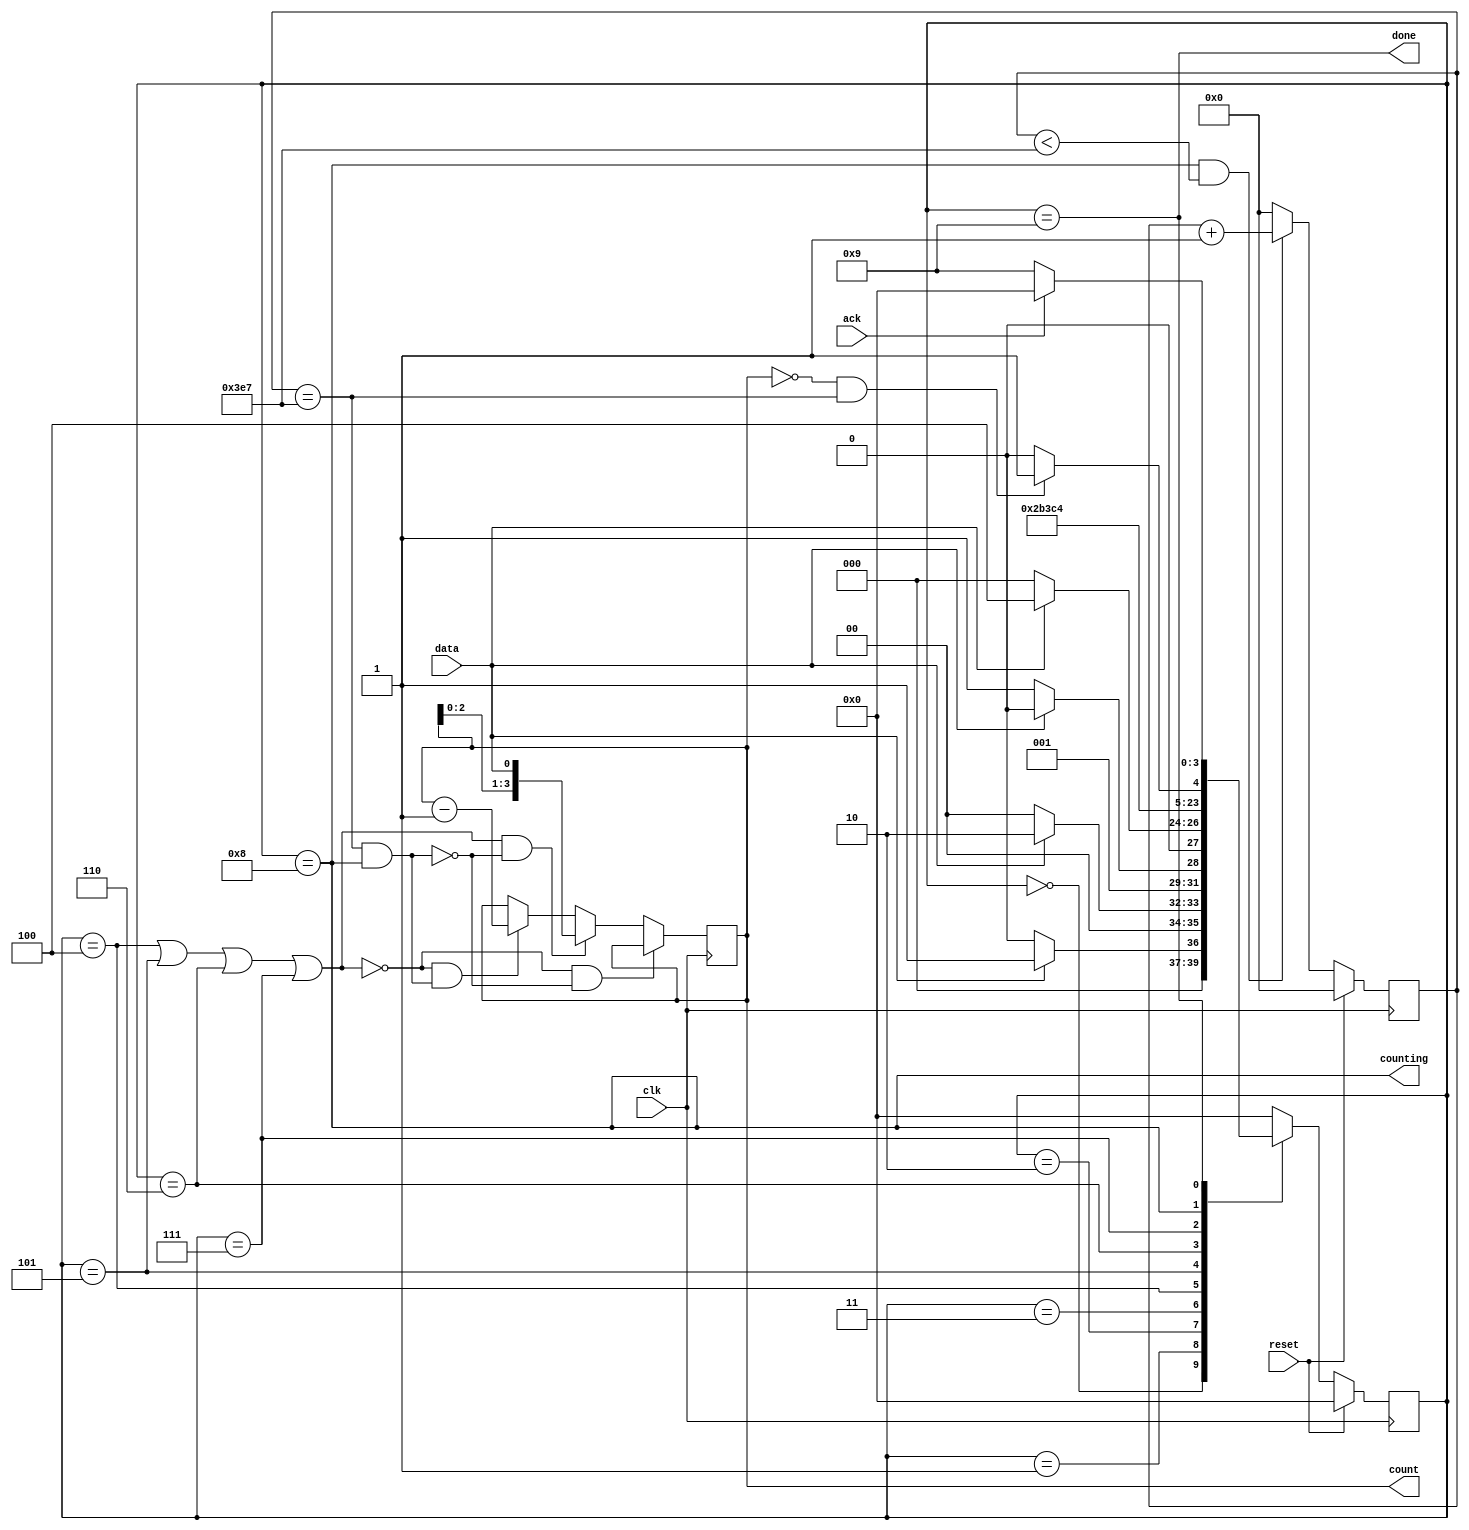
module top_module (
    input clk,
    input reset,      // Synchronous reset
    input data,
    output [3:0] count,
    output counting,
    output done,
    input ack );
    
    parameter [3:0] S0 = 4'b0000,  // These
    				S1 = 4'b0001,  // are states
    				S2 = 4'b0010,  // for 
    				S3 = 4'b0011,  // Sequence Detection
    
    				B0 = 4'b0100,  // These
    				B1 = 4'b0101,  // are states
    				B2 = 4'b0110,  // for 
    				B3 = 4'b0111,  // Count Read
    
    				COUNT = 4'b1000, // Counting State
    				WAIT =  4'b1001; // Counting is done, waiting for acknowledgement
    
    reg [3:0] state, next_state;
    
    always @ (*)
        begin
            case(state)
                S0: next_state <= (data) ? S1 : S0;
                S1: next_state <= (data) ? S2 : S0;
                S2: next_state <= (data) ? S2 : S3;
                S3: next_state <= (data) ? B0 : S0;
                B0: next_state <= B1;
                B1: next_state <= B2;
                B2: next_state <= B3;
                B3: next_state <= COUNT;
                COUNT: next_state <= (done_counting) ? WAIT : COUNT;
                WAIT: next_state <= (ack) ? S0 : WAIT;
                default next_state <= S0;
            endcase
        end
    
    // Data Path to implement Shift and Decrement
    wire shift_ena = (state == B0)||(state == B1)||(state == B2)||(state == B3);
    wire count_ena = (q_count == 10'd999 && state == COUNT); 
    wire done_counting = (q_des == 4'b0 && q_count == 10'd999);
    
    reg [9:0] q_count;
    reg [3:0] q_des;
    
    // count decrementer and shifter
    always @ (posedge clk)
        begin
            if (!shift_ena && !count_ena)
                q_des <= q_des;
            else if (shift_ena && !count_ena)
                q_des <= {q_des[2:0], data};
            else if (!shift_ena && count_ena)
                q_des <= q_des - 4'b1;
            else
                q_des <= q_des;
        end
    
    // 1000-counter
    always @ (posedge clk)
        begin
            if (reset)
                q_count <= 10'd0;
            else if ((state == COUNT) && (q_count < 10'd999))
                q_count <= q_count + 10'd1;
            else
                q_count <= 10'd0;
        end
    
    // State Transition
    always @ (posedge clk)
        begin
            if (reset)
                state <= S0;
            else
                state <= next_state;
        end
    
    assign done = (state == WAIT);
    assign counting = (state == COUNT);
    assign count = q_des;
    
endmodule